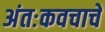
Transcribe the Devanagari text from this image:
अंतःकवचाचे